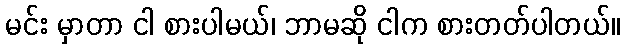
မင်း မှာတာ ငါ စားပါမယ်၊ ဘာမဆို ငါက စားတတ်ပါတယ်။